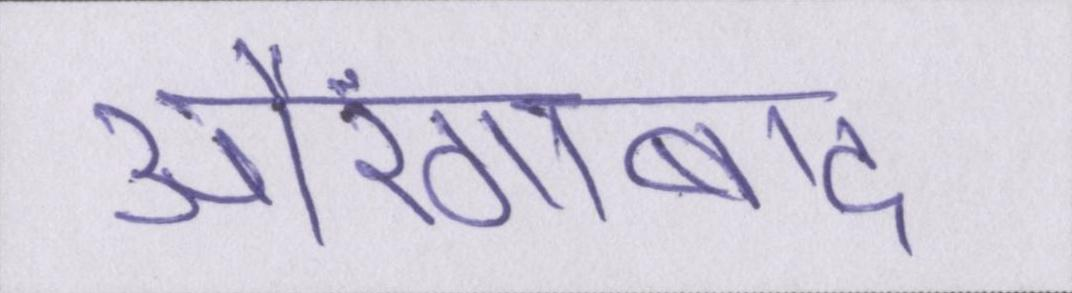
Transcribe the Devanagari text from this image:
औरंगाबाद